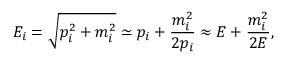
E _ { i } = { \sqrt { p _ { i } ^ { 2 } + m _ { i } ^ { 2 } } } \simeq p _ { i } + { \frac { m _ { i } ^ { 2 } } { 2 p _ { i } } } \approx E + { \frac { m _ { i } ^ { 2 } } { 2 E } } ,